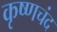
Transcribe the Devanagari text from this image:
कृष्णचंद